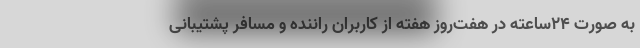
به صورت ۲۴ساعته در هفت‌روز هفته از کاربران راننده و مسافر پشتیبانی